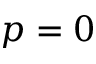
p = 0